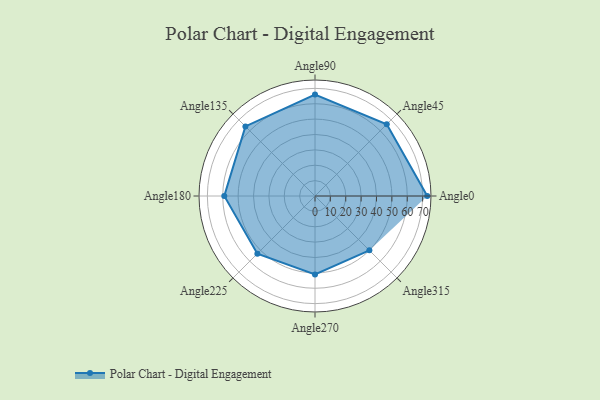
{"axis": {"x": "Angle", "y": "Radius"}, "legend": [""], "data": [{"x": "Angle0", "y": 73.0, "type": ""}, {"x": "Angle45", "y": 66.0, "type": ""}, {"x": "Angle90", "y": 66.0, "type": ""}, {"x": "Angle135", "y": 64.0, "type": ""}, {"x": "Angle180", "y": 59.0, "type": ""}, {"x": "Angle225", "y": 53.0, "type": ""}, {"x": "Angle270", "y": 51.0, "type": ""}, {"x": "Angle315", "y": 50, "type": ""}]}